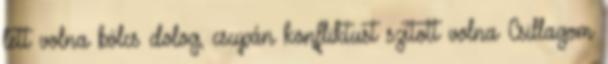
lett volna bölcs dolog, csupán konfliktust szított volna Csillagom